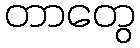
တာတွေ